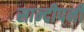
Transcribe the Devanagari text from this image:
सान्दीपनी